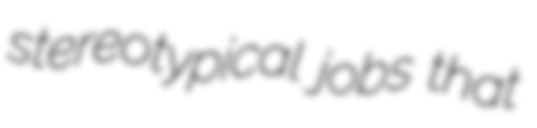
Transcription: stereotypical jobs that